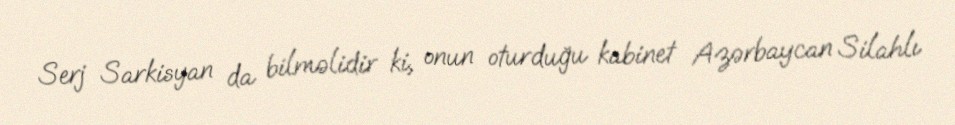
Serj Sarkisyan da bilməlidir ki, onun oturduğu kabinet Azərbaycan Silahlı